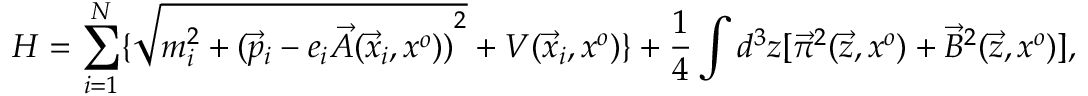
H = \sum _ { i = 1 } ^ { N } \lbrace \sqrt { m _ { i } ^ { 2 } + { ( { \vec { p } } _ { i } - e _ { i } \vec { A } ( { \vec { x } } _ { i } , x ^ { o } ) ) } ^ { 2 } } + V ( { \vec { x } } _ { i } , x ^ { o } ) \rbrace + { \frac { 1 } { 4 } } \int d ^ { 3 } z [ { \vec { \pi } } ^ { 2 } ( \vec { z } , x ^ { o } ) + { \vec { B } } ^ { 2 } ( \vec { z } , x ^ { o } ) ] ,